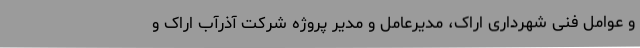
و عوامل فنی شهرداری اراک، مدیرعامل و مدیر پروژه شرکت آذرآب اراک و